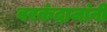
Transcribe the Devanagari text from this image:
बरकंदाजांनी